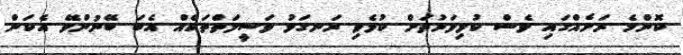
ކޮންމެ ރަށެއްގައި ވެސް ކުޅިވަރުތަށް ކުޅެވި ރަނގަޅު ވަސީލަތްތަކެއް އެބަ ބޭނުންވޭ އެކަން